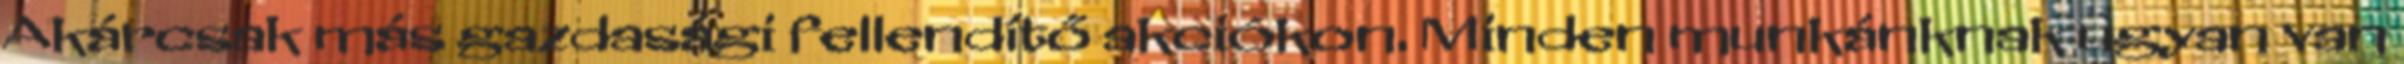
Akárcsak más gazdasági fellendítő akciókon. Minden munkánknak ugyan van